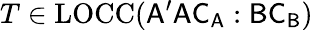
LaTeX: T\in\mathrm{LOCC}(\mathsf{A^{\prime}AC_{A}}:\mathsf{BC_{B}})